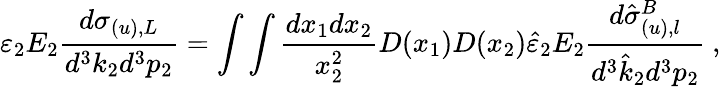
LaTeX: \varepsilon_{2}E_{2}\frac{d\sigma_{(u),L}}{d^{3}k_{2}d^{3}p_{2}}=\int\int\frac{dx_{1}dx_{2}}{x_{2}^{2}}D(x_{1})D(x_{2})\hat{\varepsilon}_{2}E_{2}\frac{d\hat{\sigma}_{(u),l}^{B}}{d^{3}\hat{k}_{2}d^{3}p_{2}}\ ,